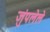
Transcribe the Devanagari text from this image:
जुंपलेले